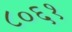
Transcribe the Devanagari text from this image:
८०६१